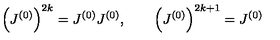
\left( J ^ { ( 0 ) } \right) ^ { 2 k } = J ^ { ( 0 ) } J ^ { ( 0 ) } , \qquad \left( J ^ { ( 0 ) } \right) ^ { 2 k + 1 } = J ^ { ( 0 ) }